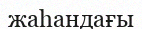
жаһандағы